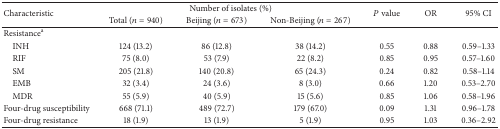
<table><thead><tr><td rowspan="2"><b>Characteristic</b></td><td colspan="3"><b>Number of isolates (%)</b></td><td rowspan="2"><b><i>P</i> value</b></td><td rowspan="2"><b>OR</b></td><td rowspan="2"><b>95% CI</b></td></tr><tr><td><b>Total (<i>n</i> = 940)</b></td><td><b>Beijing (<i>n</i> = 673)</b></td><td><b>Non-Beijing (<i>n</i> = 267)</b></td></tr></thead><tbody><tr><td>Resistance<sup>a</sup></td><td> </td><td> </td><td> </td><td> </td><td> </td><td> </td></tr><tr><td> INH</td><td>124 (13.2)</td><td>86 (12.8)</td><td>38 (14.2)</td><td>0.55</td><td>0.88</td><td>0.59–1.33</td></tr><tr><td> RIF</td><td>75 (8.0)</td><td>53 (7.9)</td><td>22 (8.2)</td><td>0.85</td><td>0.95</td><td>0.57–1.60</td></tr><tr><td> SM</td><td>205 (21.8)</td><td>140 (20.8)</td><td>65 (24.3)</td><td>0.24</td><td>0.82</td><td>0.58–1.14</td></tr><tr><td> EMB</td><td>32 (3.4)</td><td>24 (3.6)</td><td>8 (3.0)</td><td>0.66</td><td>1.20</td><td>0.53–2.70</td></tr><tr><td> MDR</td><td>55 (5.9)</td><td>40 (5.9)</td><td>15 (5.6)</td><td>0.85</td><td>1.06</td><td>0.58–1.96</td></tr><tr><td>Four-drug susceptibility</td><td>668 (71.1)</td><td>489 (72.7)</td><td>179 (67.0)</td><td>0.09</td><td>1.31</td><td>0.96–1.78</td></tr><tr><td>Four-drug resistance</td><td>18 (1.9)</td><td>13 (1.9)</td><td>5 (1.9)</td><td>0.95</td><td>1.03</td><td>0.36–2.92</td></tr></tbody></table>